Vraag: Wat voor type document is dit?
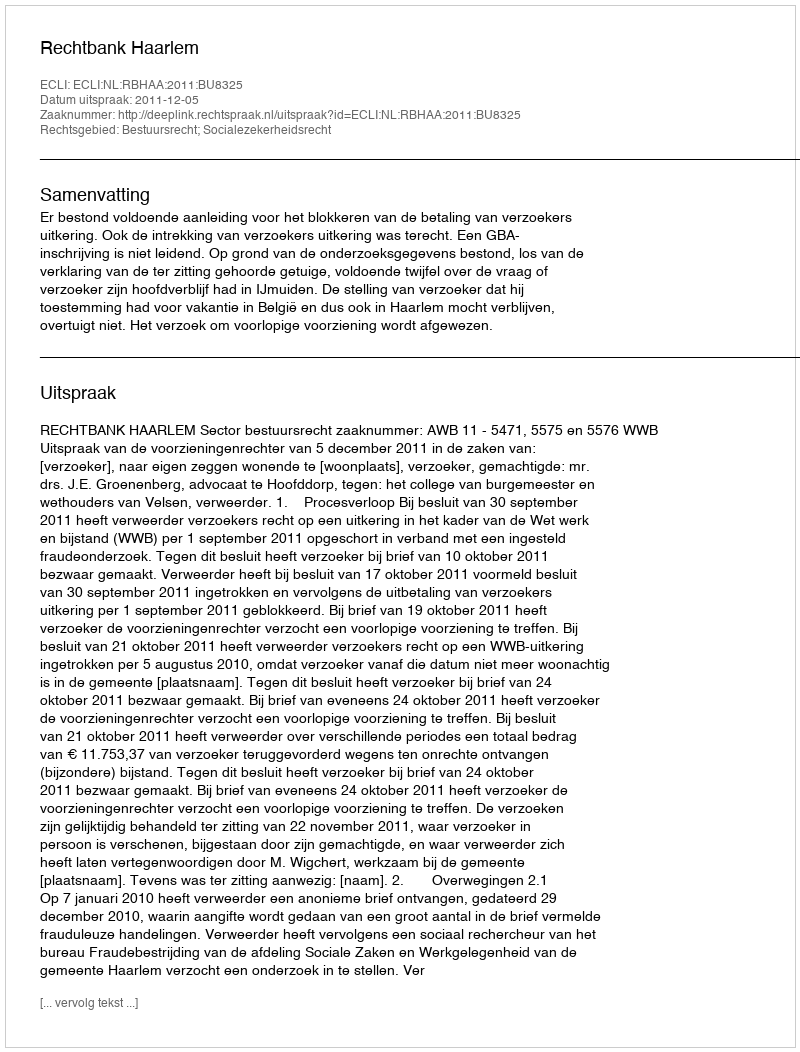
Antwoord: Uitspraak